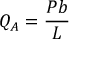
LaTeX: Q _ { A } = { \frac { P b } { L } }